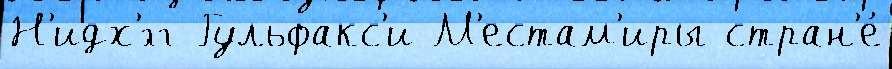
Н'идх'́гг Гульфакс'и М'естам'иры стран'е́